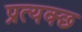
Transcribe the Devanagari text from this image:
प्रत्यक्छ